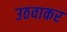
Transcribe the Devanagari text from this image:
उठवाकर